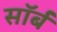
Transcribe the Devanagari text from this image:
सॉर्ब